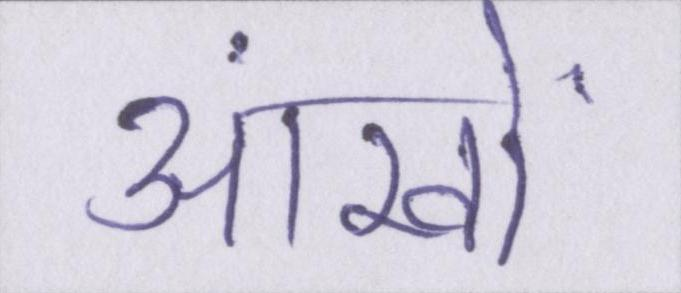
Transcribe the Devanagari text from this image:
आंखों